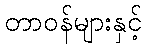
တာဝန်များနှင့်